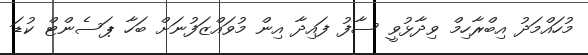
މުހައްމަދު އިބްރާހިމް ވިދާޅުވީ ސާފު ފައިދާ އިން މުވައްޒަފުނަށް ބަހާ ޕަސެންޓް ކުޑަ